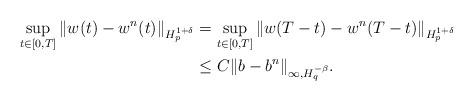
LaTeX: \begin{align*}\sup_{t\in[0,T]} \| w(t)-w^n(t) \|_{H^{1+\delta}_p}&= \sup_{t\in[0,T]} \| w(T-t)-w^n(T-t) \|_{H^{1+\delta}_p}\\&\leq C \| b - b^n \|_{\infty, H^{-\beta}_q}.\end{align*}